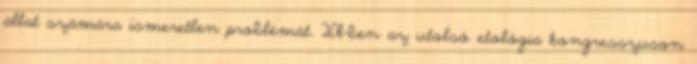
állat számára ismeretlen problémát. 2011-ben az utolsó etológia kongresszuson